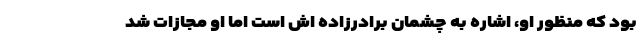
بود که منظور او، اشاره به چشمان برادرزاده اش است اما او مجازات شد